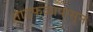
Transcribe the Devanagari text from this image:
ताडफळापासून